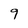
Character: 9